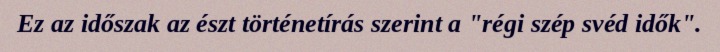
Ez az időszak az észt történetírás szerint a "régi szép svéd idők".